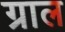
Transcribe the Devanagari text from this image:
ग्राल